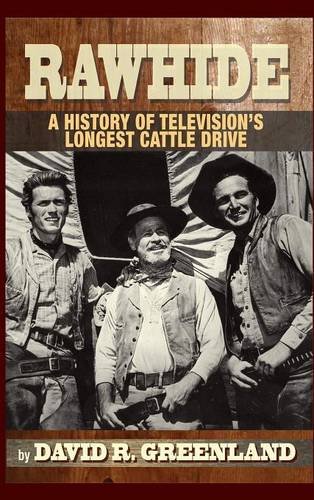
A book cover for Rawhide - A History of Television's Longest Cattle Drive (hardback); David R. Greenland; Humor & Entertainment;